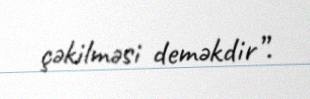
çəkilməsi deməkdir”.